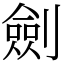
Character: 劍